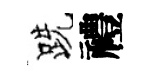
跣禮